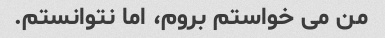
من می خواستم بروم، اما نتوانستم.